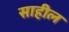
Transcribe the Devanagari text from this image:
साहील